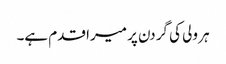
ہر ولی کی گردن پر میرا قدم ہے۔